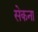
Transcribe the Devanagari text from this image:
सेकना